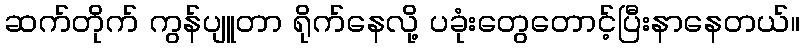
ဆက်တိုက် ကွန်ပျူတာ ရိုက်နေလို့ ပခုံးတွေတောင့်ပြီးနာနေတယ်။